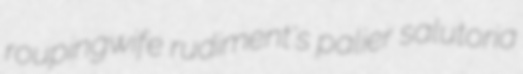
roupingwife rudiment's palier salutoria